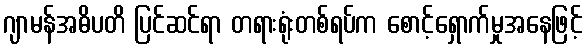
ဂျာမန်အဓိပတိ ပြင်ဆင်ရာ တရားရုံးတစ်ရပ်က စောင့်ရှောက်မှုအနေဖြင့်